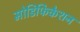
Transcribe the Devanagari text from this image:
मोडिफिकेशन